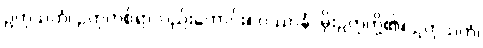
ဥတုသတံ၊ ဥတုတစ်ရာလည်းကောင်း။ ဝဿာနံ၊ မိုးဥတုတို့၏။ ဥတုသတံ၊